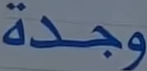
وجدة